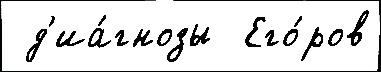
 д'иа́гнозы  Его́ров